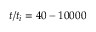
t / t _ { i } = 4 0 - 1 0 0 0 0